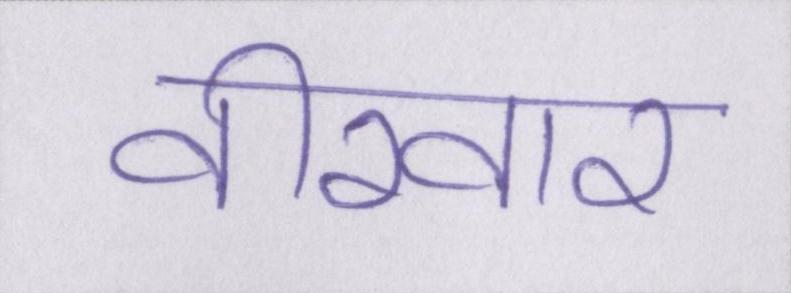
वीरवार